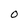
Character: 0